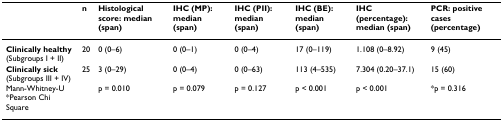
|  | n | Histological score: median (span) | IHC (MP): median (span) | IHC (PII): median (span) | IHC (BE): median (span) | IHC (percentage): median (span) | PCR: positive cases (percentage) |
 | --- | --- | --- | --- | --- | --- | --- | --- |
 | Clinically healthy (Subgroups I + II) | 20 | 0 (0–6) | 0 (0–1) | 0 (0–4) | 17 (0–119) | 1.108 (0–8.92) | 9 (45) |
 | Clinically sick (Subgroups III + IV) | 25 | 3 (0–29) | 0 (0–4) | 0 (0–63) | 113 (4–535) | 7.304 (0.20–37.1) | 15 (60) |
 | Mann-Whitney-U *Pearson Chi Square |  | p = 0.010 | p = 0.079 | p = 0.127 | p < 0.001 | p < 0.001 | *p = 0.316 |